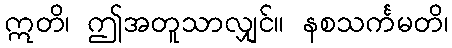
ဣတိ၊ ဤအတူသာလျှင်။ နစသင်္ကမတိ၊